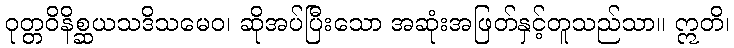
ဝုတ္တဝိနိစ္ဆယသဒိသမေဝ၊ ဆိုအပ်ပြီးသော အဆုံးအဖြတ်နှင့်တူသည်သာ။ ဣတိ၊